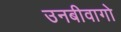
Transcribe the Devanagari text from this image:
उनबीवागो